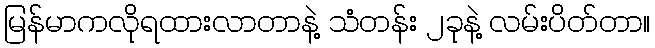
မြန်မာကလိုရထားလာတာနဲ့ သံတန်း ၂ခုနဲ့ လမ်းပိတ်တာ။